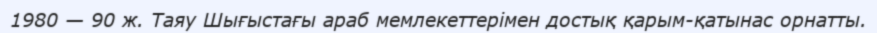
1980 — 90 ж. Таяу Шығыстағы араб мемлекеттерімен достық қарым-қатынас орнатты.